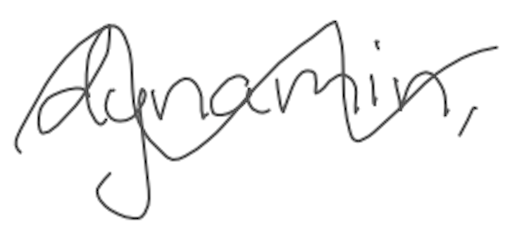
Text: dynamin,
Cross-out: wave
Writing tool: digital_gray